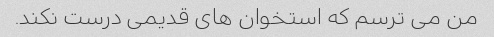
من می ترسم که استخوان های قدیمی درست نکند.